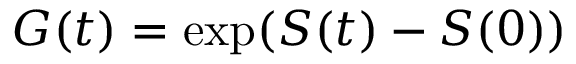
G ( t ) = \exp ( S ( t ) - S ( 0 ) )